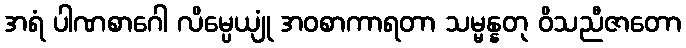
အရံ ပါဏစာဂေါ လိမ္ပေယျုံ အဝစာကာရတာ သမ္မန္နတု ဝိသညီဇာတော